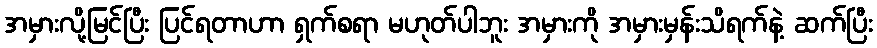
အမှားလို့မြင်ပြီး ပြင်ရတာဟာ ရှက်စရာ မဟုတ်ပါဘူး အမှားကို အမှားမှန်းသိရက်နဲ့ ဆက်ပြီး